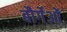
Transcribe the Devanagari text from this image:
बौर्गेओं